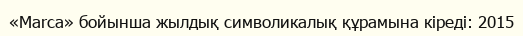
«Marca» бойынша жылдық символикалық құрамына кіреді: 2015